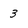
Character: 3